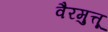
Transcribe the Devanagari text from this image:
वैरमुत्तू